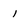
Character: 1